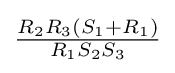
{\tfrac {R_{2}R_{3}(S_{1}+R_{1})}{R_{1}S_{2}S_{3}}}